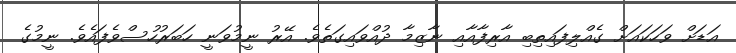
އަޑަށް ވަހަކައަށް ގެއްލިފައިތިބި އާރިފާއާއި ނާޒިމާ ދުއްވައިގަތެވެ. އޭރު ނީމުވަނީ ހަބަރުހުސްވެފައެވެ. ނީމުގެ